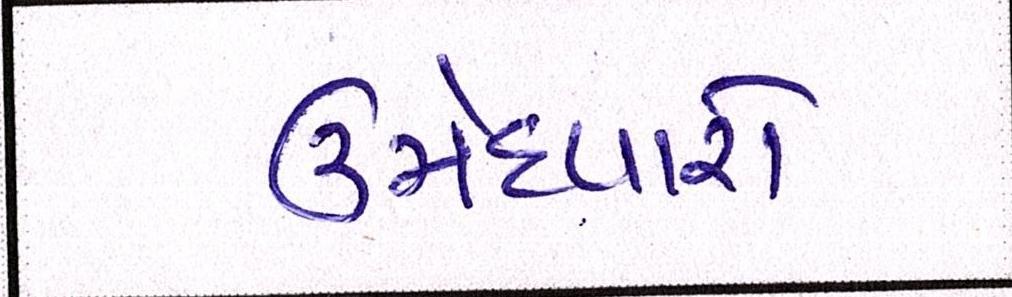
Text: ઉમેદવારો